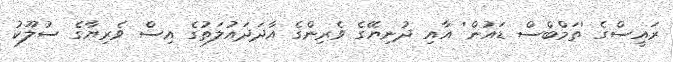
ރައީސްގެ 'ތަމްބްސް ޑައުން' އާއި ދުނިޔޭގެ ވެރިންގެ އާދަދައުލަތުގެ އިސް ވެރިޔާގެ ސުލޫކު